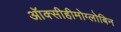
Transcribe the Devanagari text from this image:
ऑक्सीहीमोग्लोबिन